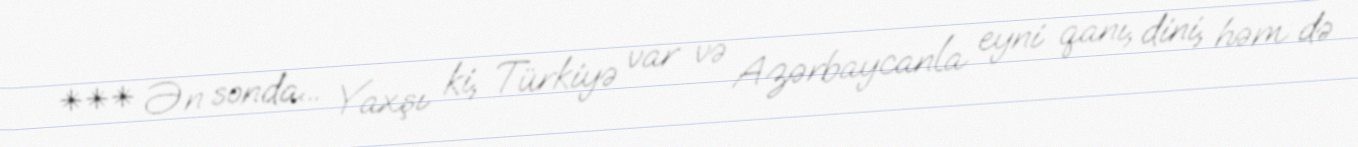
*** Ən sonda... Yaxşı ki, Türkiyə var və Azərbaycanla eyni qanı, dini, həm də